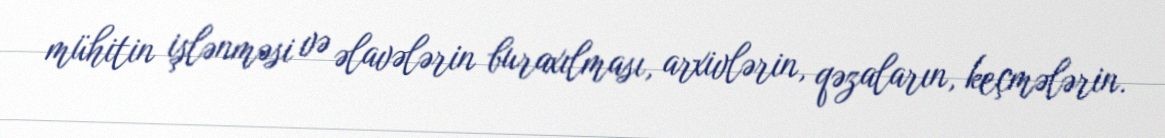
mühitin işlənməsi və əlavələrin buraxılması, arxivlərin, qəzaların, keçmələrin.